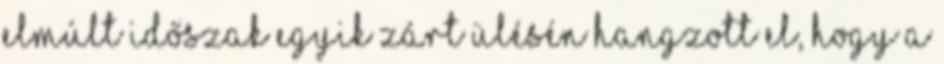
elmúlt időszak egyik zárt ülésén hangzott el, hogy a